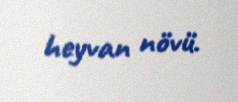
heyvan növü.